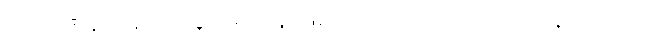
သမဏေန-နောက်လိုက်ရဟန်းဖြစ်သော၊ ကောကာလိကေန-ကောကာ